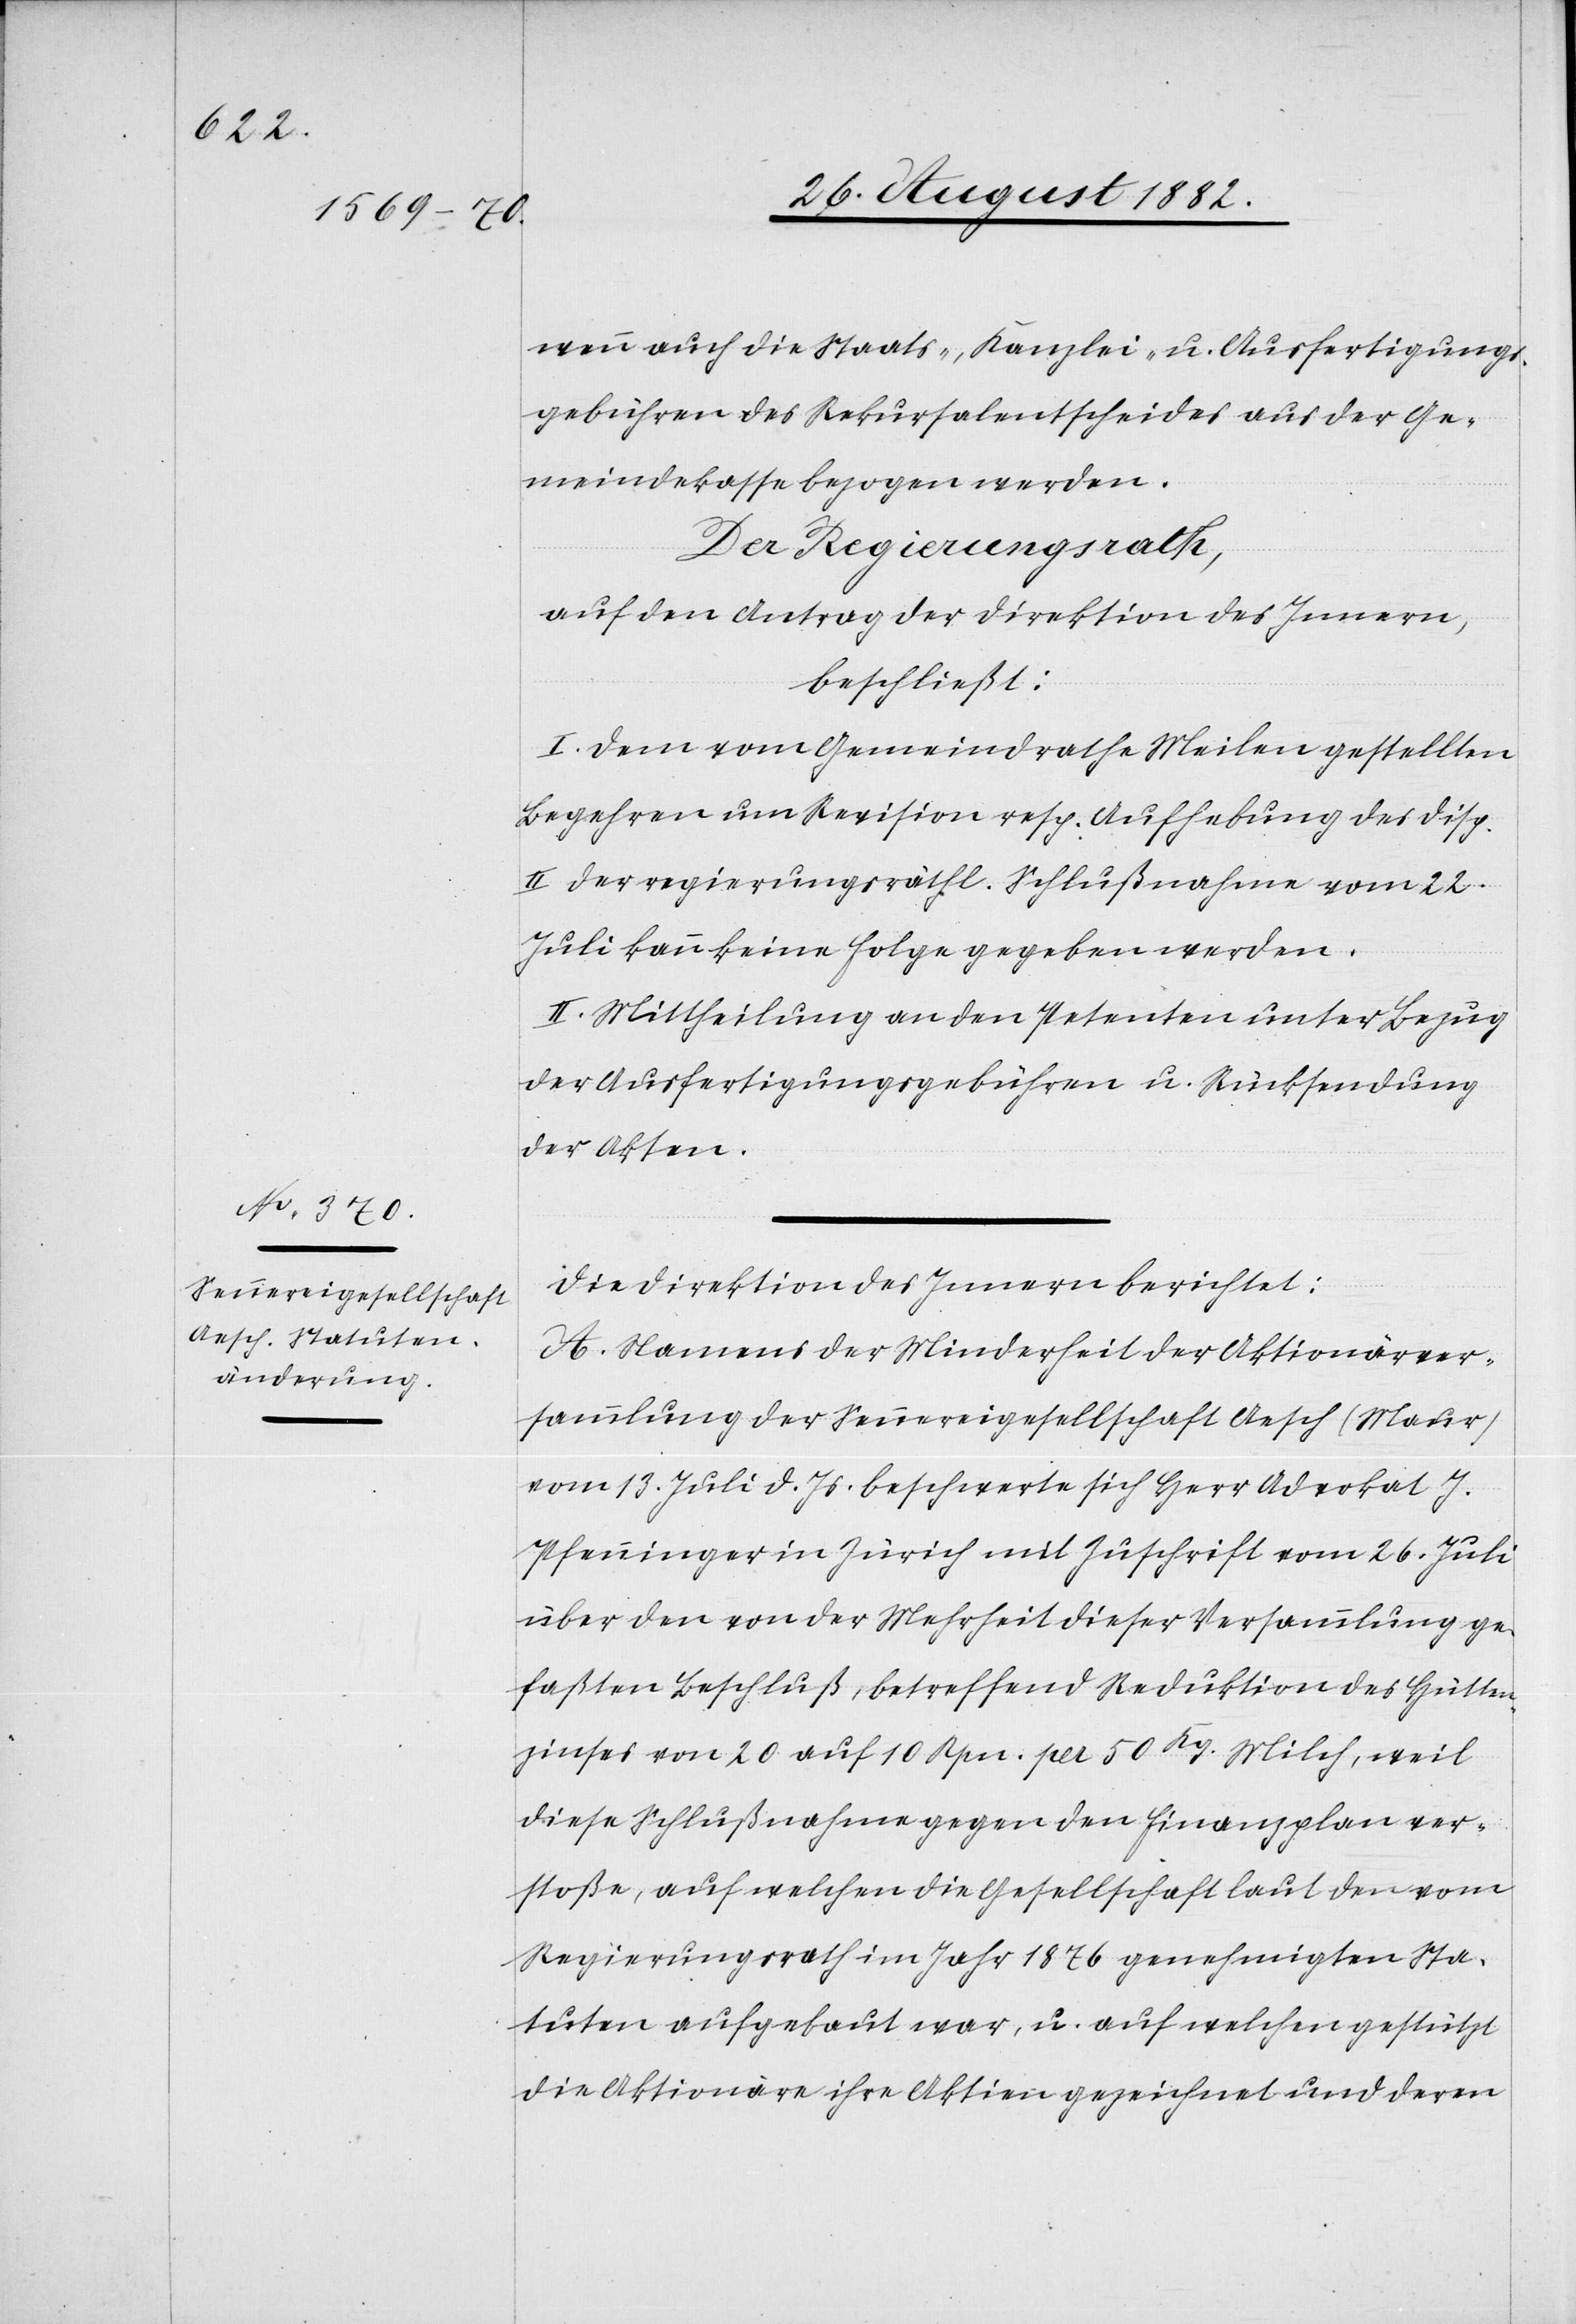
wenn auch die Staats-, Kanzlei- u. Ausfertigungs¬
gebühren des Rekursalentscheides aus der Ge¬
meindekasse bezogen werden.
Der Regierungsrath,
auf den Antrag der Direktion des Innern,
beschließt:
I. Dem vom Gemeindrathe Meilen gestellten
Begehren um Revision resp. Aufhebung des Disp.
II der regierungsräthl. Schlußnahme vom 22.
Juli kann keine Folge gegeben werden.
II. Mittheilung an den Petenten unter Bezug
der Ausfertigungsgebühren u. Rücksendung
der Akten.
Die Direktion des Innern berichtet:
A. Namens der Minderheit der Aktionärver¬
sammlung der Sennereigesellschaft Aesch (Maur)
vom 13. Juli d. Js. beschwerte sich Herr Advokat J.
Pfenninger in Zürich mit Zuschrift vom 26. Juli
über den von der Mehrheit dieser Versammlung ge¬
faßten Beschluß, betreffend Reduktion des Hütten¬
zinses von 20 auf 10 Rpn. per 50 Kg. Milch, weil
diese Schlußnahme gegen den Finanzplan ver¬
stoße, auf welchen die Gesellschaft laut den vom
Regierungsrath im Jahr 1876 genehmigten Sta¬
tuten aufgebaut war, u. auf welchen gestützt
die Aktionäre ihre Aktien gezeichnet und deren